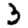
Digit: 3